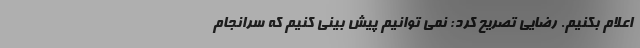
اعلام بکنیم. رضایی تصریح کرد: نمی توانیم پیش بینی کنیم که سرانجام